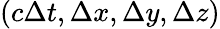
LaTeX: (c\Delta t,\Delta x,\Delta y,\Delta z)